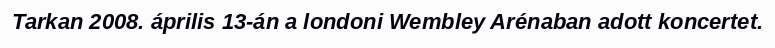
Tarkan 2008. április 13-án a londoni Wembley Arénaban adott koncertet.